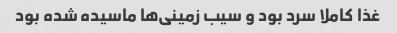
غذا کاملا سرد بود و سیب زمینی‌ها ماسیده شده بود